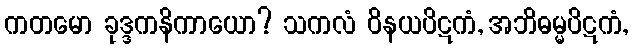
ကတမော ခုဒ္ဒကနိကာယော? သကလံ ဝိနယပိဋကံ, အဘိဓမ္မပိဋကံ,